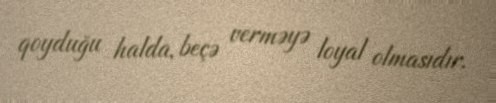
qoyduğu halda, beçə verməyə loyal olmasıdır.